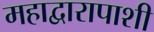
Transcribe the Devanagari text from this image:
महाद्वारापाशी